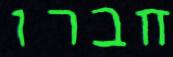
חברו